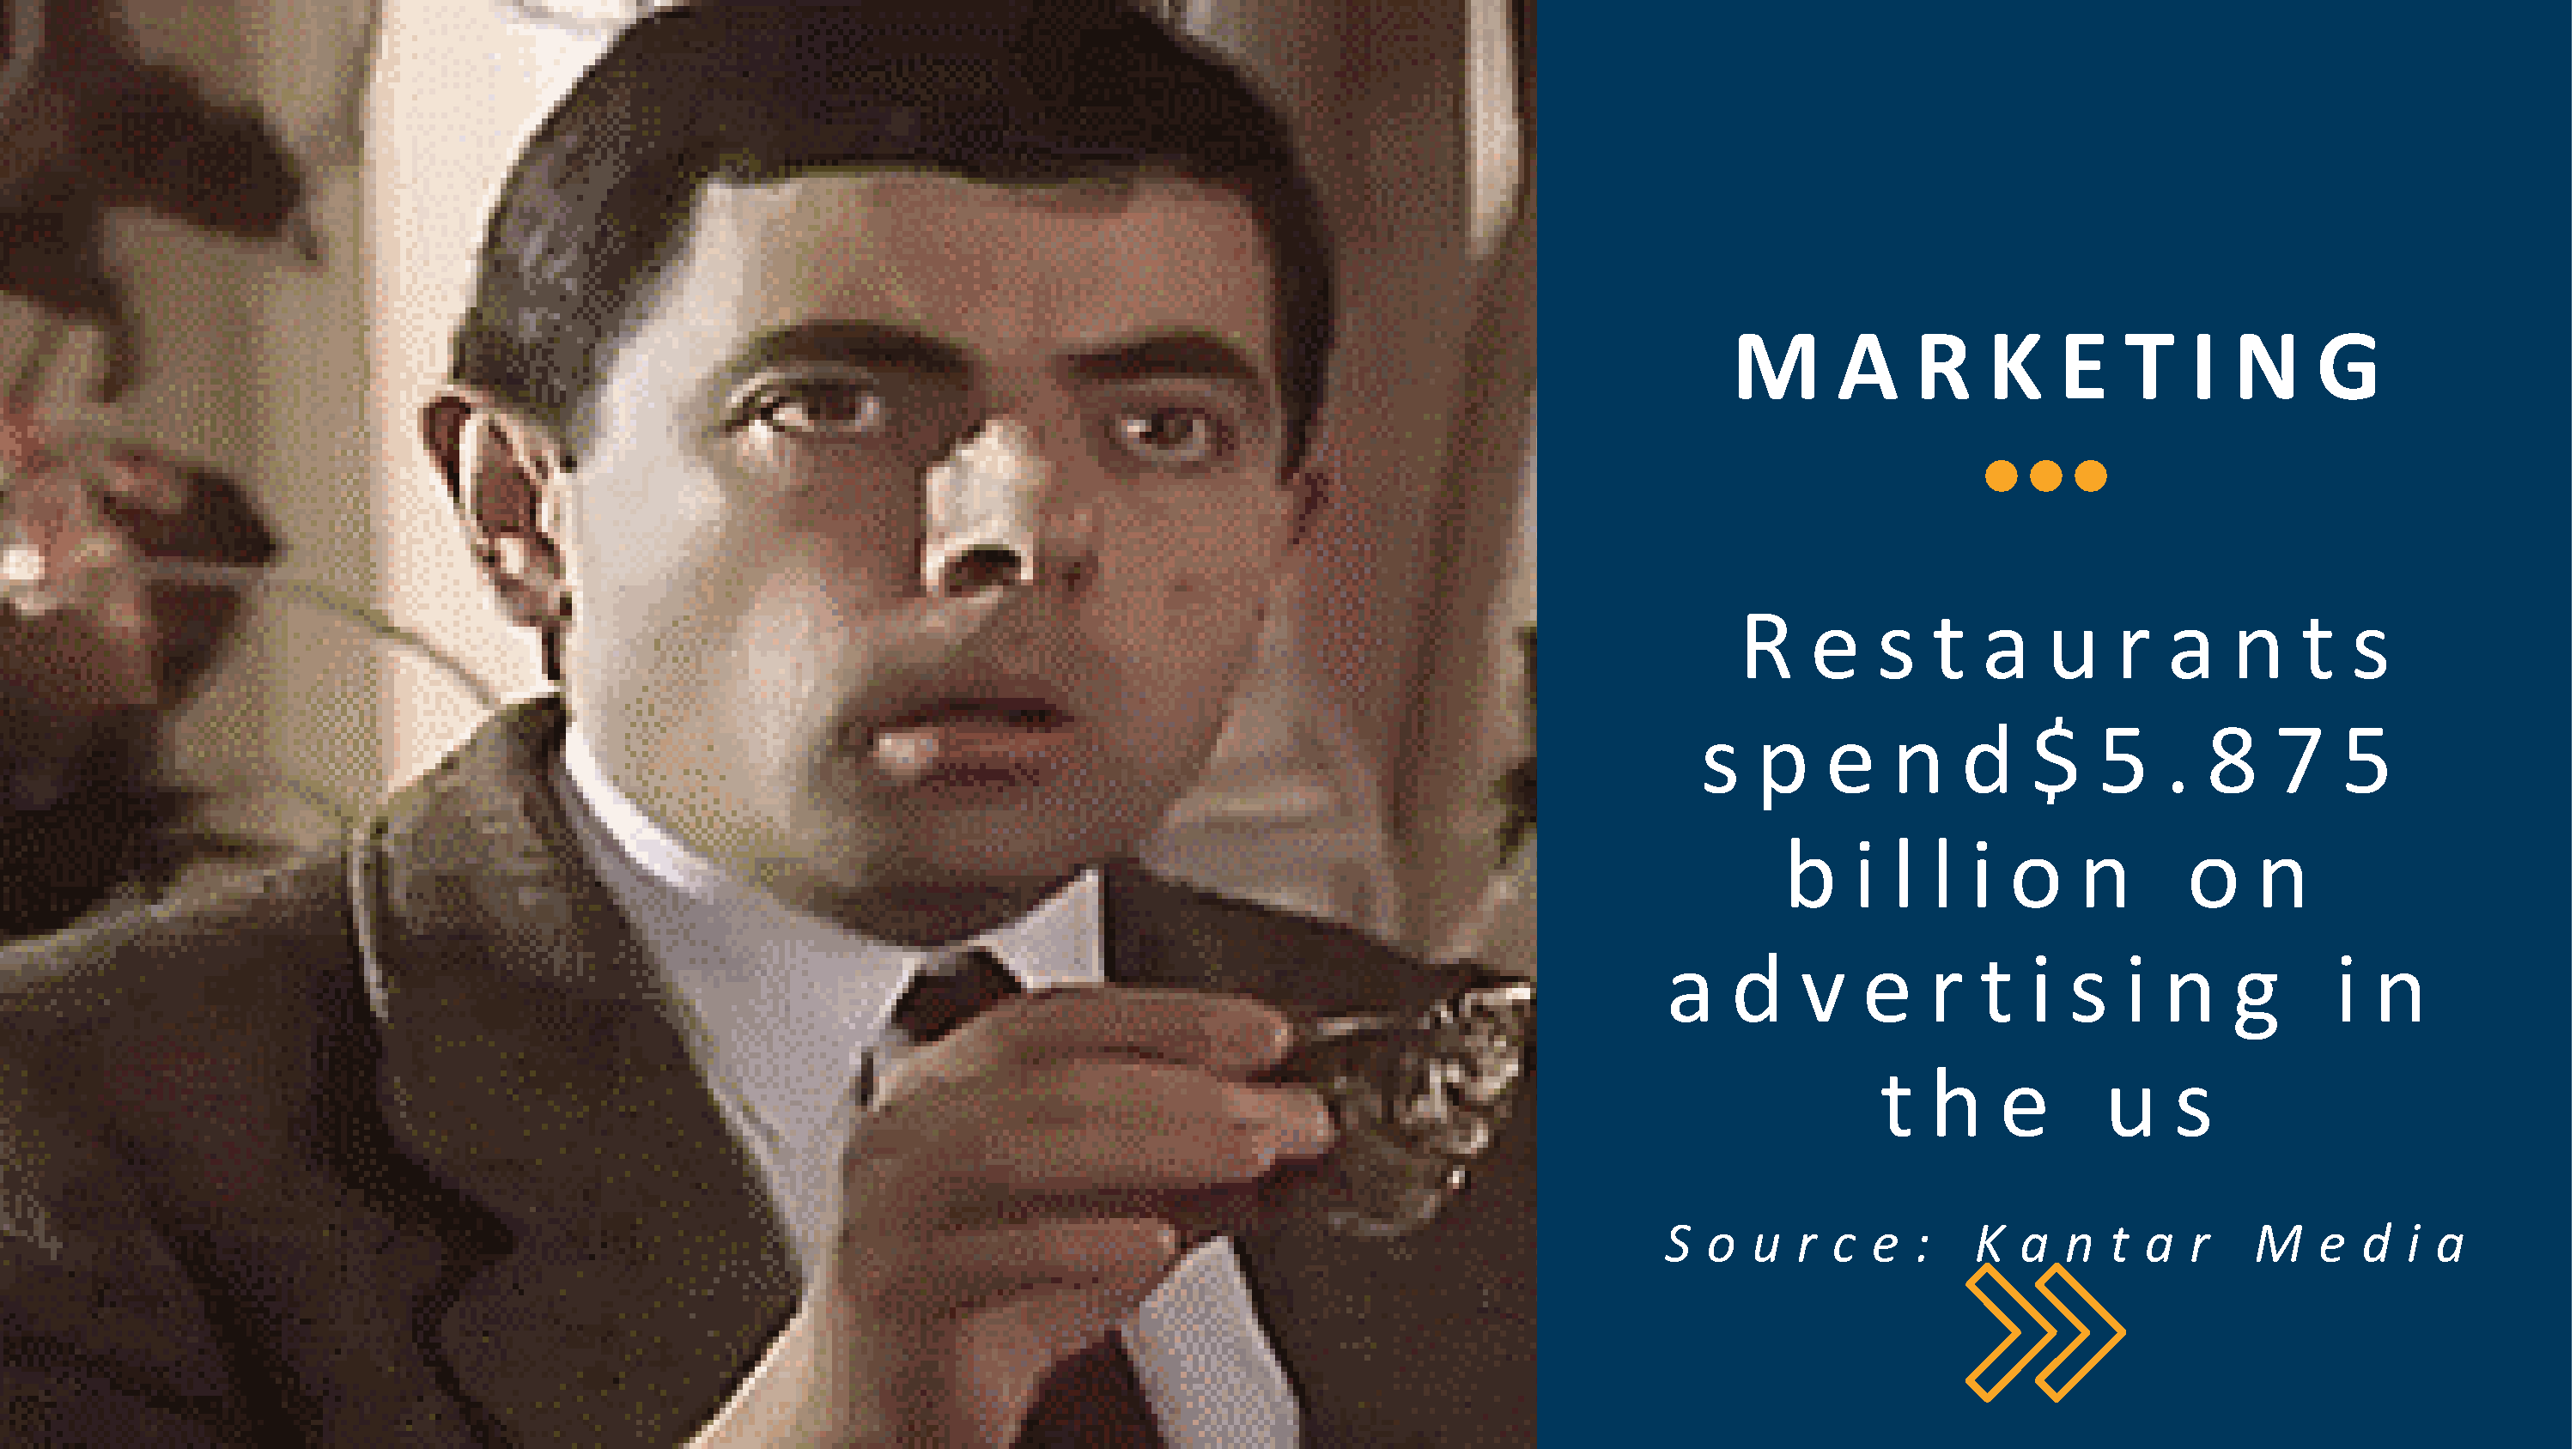
M       A     R    K     E    T    I  N      G
 R     e    s   t   a    u    r   a    n    t   s
 s   p     e    n    d     $    5    .  8    7     5
 b    i  l  l  i  o    n        o    n
 a    d     v    e    r   t  i  s    i  n    g       i  n
 t   h    e       u     s
 S   o  u   r c  e   :   K   a  n   t a   r    M    e  d   i a